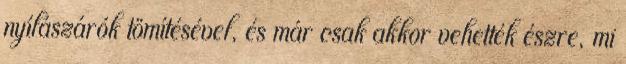
nyílászárók tömítésével, és már csak akkor vehették észre, mi